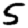
Digit: 5